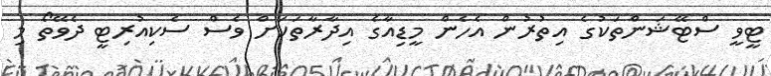
ޓީވީ ސްޓޭޝަންތަކުގެ އިތުރުން އެހެން މީޑިއާގެ އިދާރާތަކަށް ވެސް ސެކިއުރިޓީ ދެވޭތޯ މި